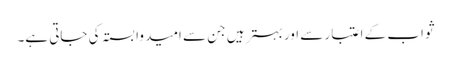
ثواب کے اعتبار سے اور بہتر ہیں جن سے امید وابستہ کی جاتی ہے۔